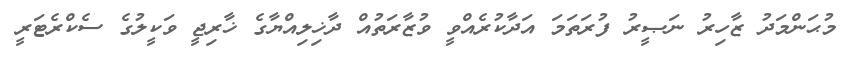
މުޙަންމަދު ޒާހިރު ނަޞީރު ފުރަތަމަ އަދާކުރެއްވީ ވުޒާރަތުއް ދާޚިލިއްޔާގެ ޚާރިޖީ ވަކީލުގެ ސެކްރެޓަރީ